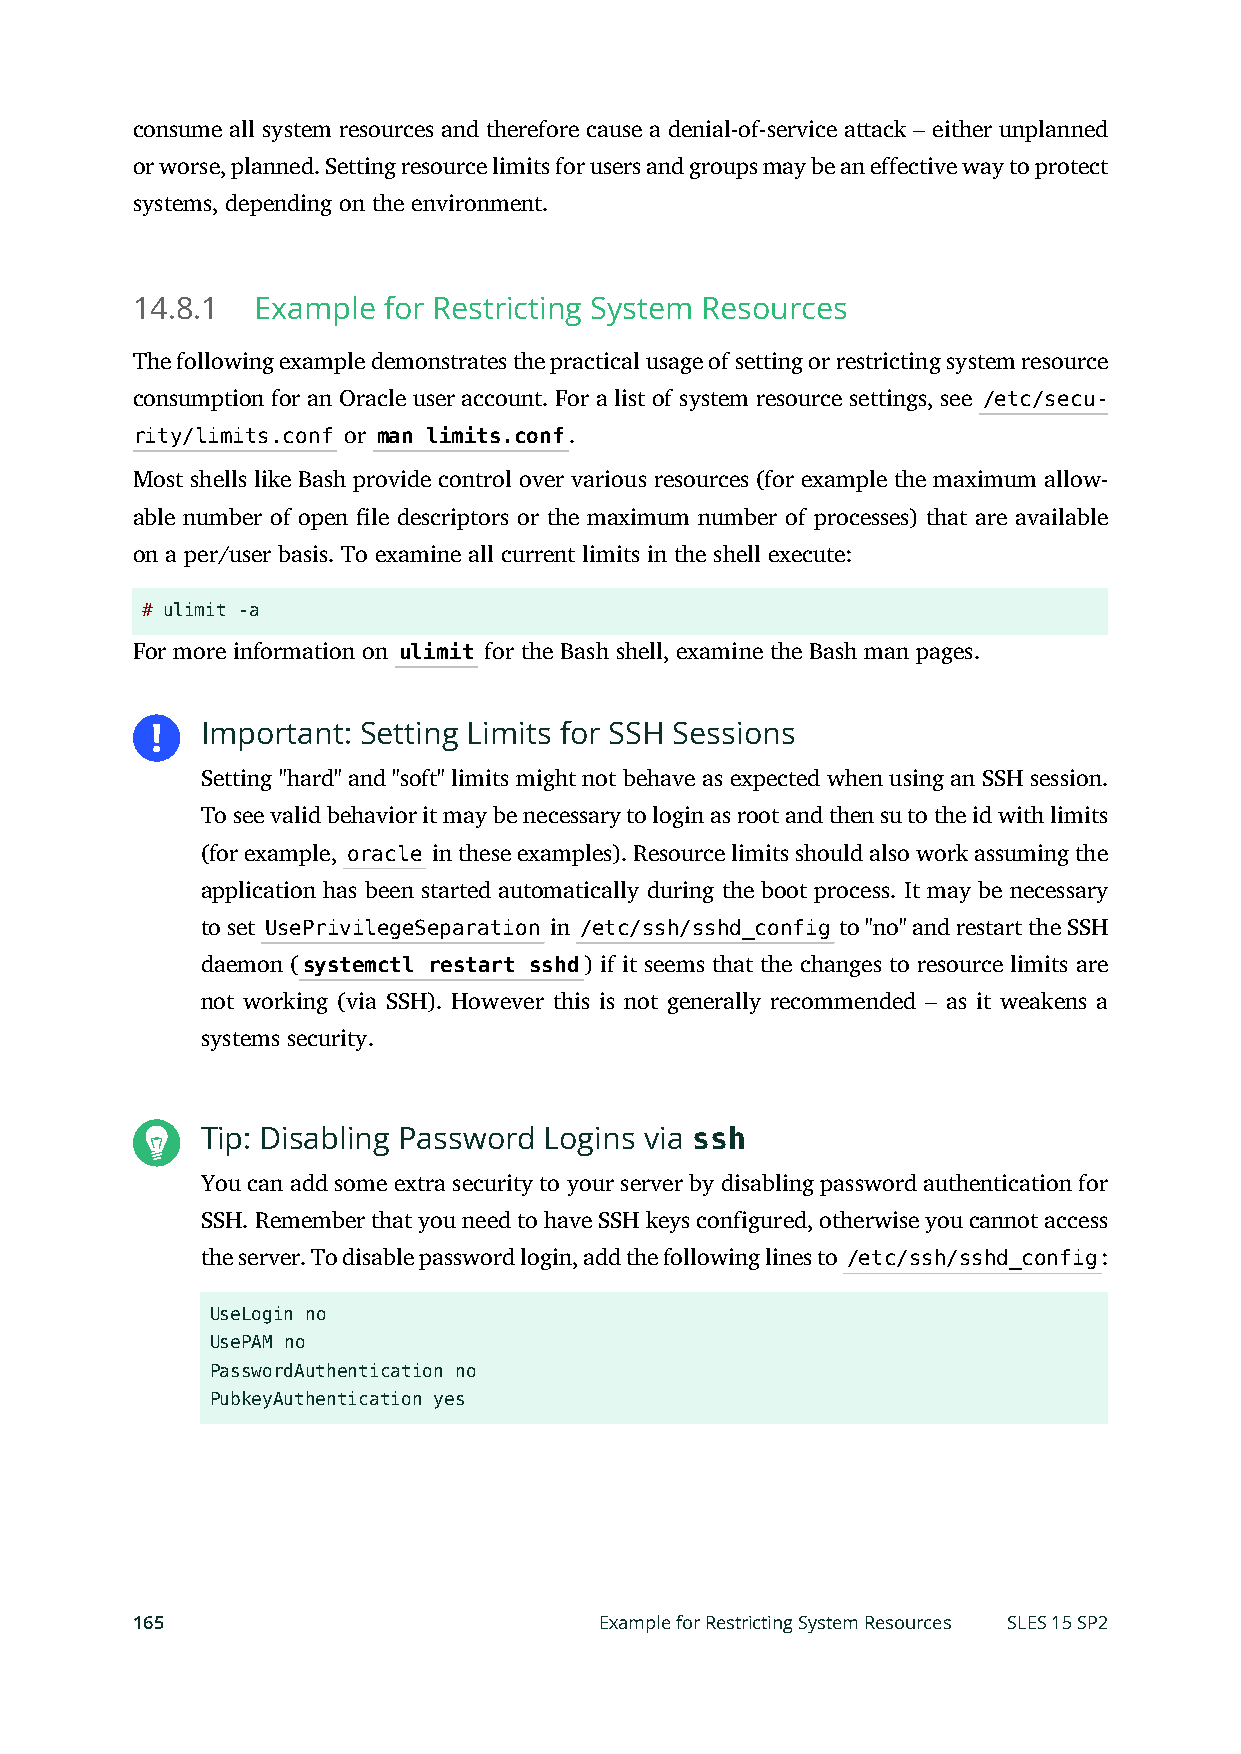
consume all system resources and therefore cause a denial-of-service attack – either unplanned
 or worse, planned. Setting resource limits for users and groups may be an effective way to protect
 systems, depending on the environment.
 14.8.1  Example for Restricting System Resources
 The following example demonstrates the practical usage of setting or restricting system resource
 consumption for an Oracle user account. For a list of system resource settings, see /etc/secu-
 rity/limits.conf or man limits.conf.
 Most shells like Bash provide control over various resources (for example the maximum allow-
 able number of open le descriptors or the maximum number of processes) that are available
 on a per/user basis. To examine all current limits in the shell execute:
 # ulimit -a
 For more information on ulimit for the Bash shell, examine the Bash man pages.
 Important: Setting Limits for SSH Sessions
 Setting "hard" and "soft" limits might not behave as expected when using an SSH session.
 To see valid behavior it may be necessary to login as root and then su to the id with limits
 (for example, oracle in these examples). Resource limits should also work assuming the
 application has been started automatically during the boot process. It may be necessary
 to set UsePrivilegeSeparation in /etc/ssh/sshd_config to "no" and restart the SSH
 daemon (systemctl restart sshd) if it seems that the changes to resource limits are
 not working (via SSH). However this is not generally recommended – as it weakens a
 systems security.
 Tip: Disabling Password Logins via ssh
 You can add some extra security to your server by disabling password authentication for
 SSH. Remember that you need to have SSH keys configured, otherwise you cannot access
 the server. To disable password login, add the following lines to /etc/ssh/sshd_config:
 UseLogin no
 UsePAM no
 PasswordAuthentication no
 PubkeyAuthentication yes
 165                            Example for Restricting System Resources SLES 15 SP2